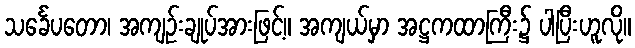
သင်္ခေပတော၊ အကျဉ်းချုပ်အားဖြင့်။ အကျယ်မှာ အဋ္ဌကထာကြီး၌ ပါပြီးဟူလို။